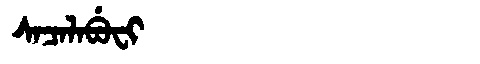
Manchu: ᠰᠠᠴᠠᠯᠠᠪᡠᠸᡳ
Romanization: SACALABUFI